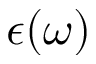
\epsilon ( \omega )